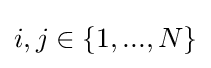
i,j\in \{1,...,N\}